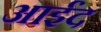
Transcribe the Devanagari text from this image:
आईंद